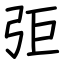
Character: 弡